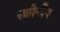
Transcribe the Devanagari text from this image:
स्क्रीनींग